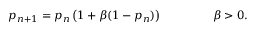
p _ { n + 1 } = p _ { n } \left( 1 + \beta ( 1 - p _ { n } ) \right) ~ ~ ~ ~ ~ ~ ~ ~ ~ ~ ~ ~ ~ \beta > 0 .